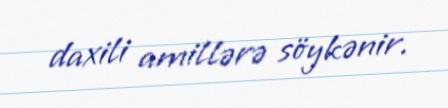
daxili amillərə söykənir.